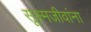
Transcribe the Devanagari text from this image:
सूक्ष्मजीवांना